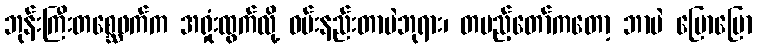
ဘုန်းကြီးတစ္ဆေဖက်က အရှုံးထွက်လို့ ဝမ်းနည်းတာပဲဘုရား၊ တပည့်တော်ကတော့ ဘာပဲ ပြောပြော